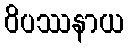
ဝိပဿနာယ